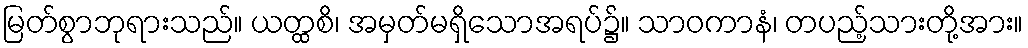
မြတ်စွာဘုရားသည်။ ယတ္ထစိ၊ အမှတ်မရှိသောအရပ်၌။ သာဝကာနံ၊ တပည့်သားတို့အား။